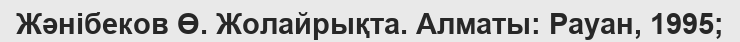
Жәнібеков Ө. Жолайрықта. Алматы: Рауан, 1995;